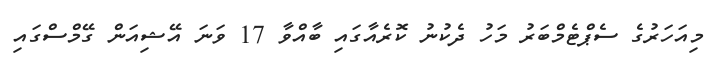
މިއަހަރުގެ ސެޕްޓެމްބަރު މަހު ދެކުނު ކޮރެއާގައި ބާއްވާ 17 ވަނަ އޭޝިއަން ގޭމްސްގައި